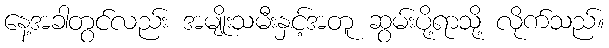
နေ့အခါတွင်လည်း အမျိုးသမီးနှင့်အတူ ဆွမ်းပို့ရာသို့ လိုက်သည်။